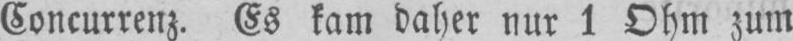
Concurrenz. Es kam daher nur 1 Ohm zum